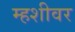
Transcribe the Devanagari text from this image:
म्हशीवर